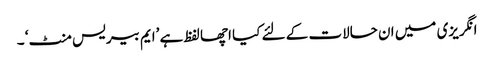
انگریزی میں ان حالات کے لئے کیا اچھا لفظ ہے ’ایم بیریس منٹ‘ ۔